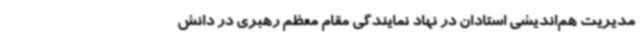
مدیریت هم‌اندیشی استادان در نهاد نمایندگی مقام معظم رهبری در دانش